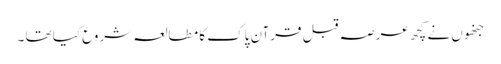
جنھوں نے کچھ عرصہ قبل قرآن پاک کا مطالعہ شروع کیا تھا ۔